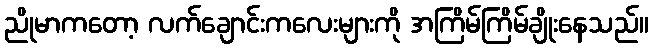
ညိုမာကတော့ လက်ချောင်းကလေးများကို အကြိမ်ကြိမ်ချိုးနေသည်။